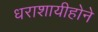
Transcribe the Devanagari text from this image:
धराशायीहोने